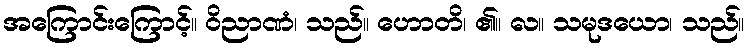
အကြောင်းကြောင့်။ ဝိညာဏံ၊ သည်။ ဟောတိ၊ ၏။ လ။ သမုဒယော၊ သည်။